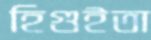
হিগুইতা